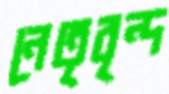
নেতৃবৃন্দ